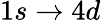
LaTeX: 1s\to 4d